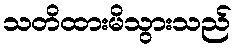
သတိထားမိသွားသည်